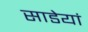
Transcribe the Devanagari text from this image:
साडेयां